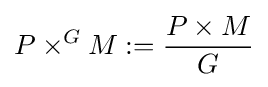
P\times ^{G}M:={\frac {P\times M}{G}}